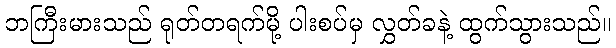
ဘကြီးမားသည် ရုတ်တရက်မို့ ပါးစပ်မှ လွှတ်ခနဲ့ ထွက်သွားသည်။